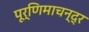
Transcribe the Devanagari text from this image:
पूर्णिमाचन्द्र